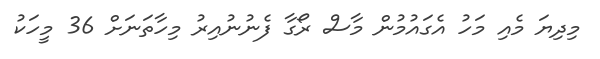
މިދިޔަ މެއި މަހު އެގައުމުން މާސް ރޯގާ ފެނުނުއިރު މިހާތަނަށް 36 މީހަކު